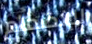
للإنضمام